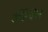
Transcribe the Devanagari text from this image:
अॅन्विल